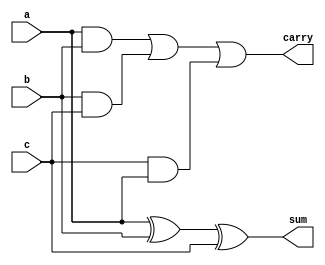
`timescale 1ns / 1ps
//////////////////////////////////////////////////////////////////////////////////
// Company: 
// Engineer: 
// 
// Design Name: 
// Module Name: Fulladder
// Project Name: 
// Target Devices: 
// Tool Versions: 
// Description: 
// 
// Dependencies: 
// 
// Revision:
// Revision 0.01 - File Created
// Additional Comments:
// 
//////////////////////////////////////////////////////////////////////////////////


module Fulladder(output sum,carry,input a,b,c);
assign sum = a^b^c;
assign carry  = (a&b)|(b&c)|(c&a);
endmodule